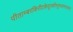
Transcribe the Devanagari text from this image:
पीताम्बरकिरीटकेयूरकौस्तुभवनमालाधरं